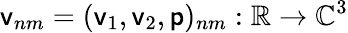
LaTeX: \mathsf{v}_{nm}=(\mathsf{v}_{1},\mathsf{v}_{2},\mathsf{p})_{nm}:\mathbb{R}\to\mathbb{C}^{3}